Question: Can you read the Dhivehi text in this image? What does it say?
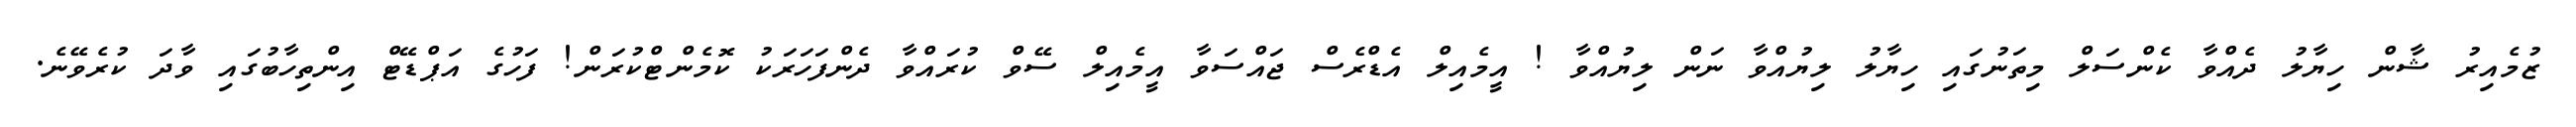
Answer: ޒުމެއިރު ޝާން ހިޔާލު ދެއްވާ ކެންސަލް މިތަނުގައި ހިޔާލު ލިޔުއްވާ ނަން ލިޔުއްވާ ! އީމެއިލް އެޑްރެސް ޖައްސަވާ އީމެއިލް ސޭވް ކުރައްވާ ދެންފަހަރަކު ކޮމެންޓްކުރަން! ފަހުގެ އަޕްޑޭޓް އިންތިހާބުގައި ވާދަ ކުރެވޭނެ.